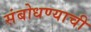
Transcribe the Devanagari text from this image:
संबोधण्याची